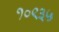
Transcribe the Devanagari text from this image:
१०९३५